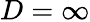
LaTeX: D=\infty